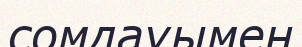
сомдауымен